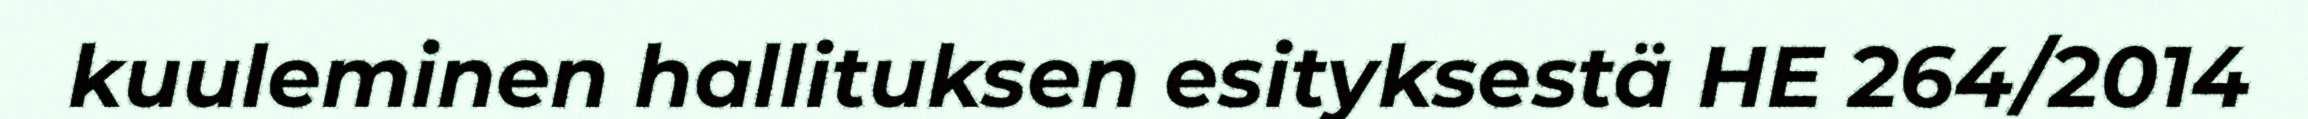
kuuleminen hallituksen esityksestä HE 264/2014